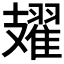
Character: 𫾥